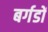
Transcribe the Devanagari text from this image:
बर्गडों